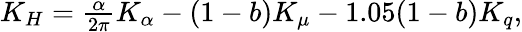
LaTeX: \begin{array}{r}{K_{H}=\frac{\alpha}{2\pi}K_{\alpha}-(1-b)K_{\mu}-1.05(1-b)K_{q},}\end{array}